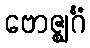
ဗောဇ္ဈင်္ဂံ